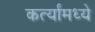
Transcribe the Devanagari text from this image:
कर्त्यांमध्ये